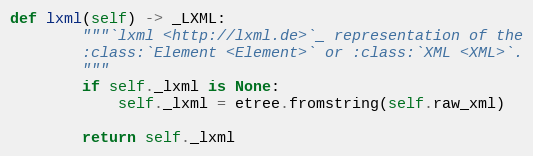
Language: Python
def lxml(self) -> _LXML:
        """`lxml <http://lxml.de>`_ representation of the
        :class:`Element <Element>` or :class:`XML <XML>`.
        """
        if self._lxml is None:
            self._lxml = etree.fromstring(self.raw_xml)

        return self._lxml